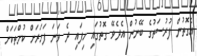
އެގޮތުން ފުރުސަތުގެ ބޭނުން އެދެވޭ ގޮތުގައި ހިފައި ދެ ވަނަ ފަހަރަށް ކުށްތަކަށް